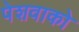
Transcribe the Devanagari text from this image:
पेशवाको